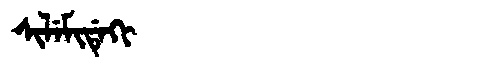
Manchu: ᠰᡳᠯᡝᠮᡳᡩᡝᡴᡳ
Romanization: SILEMIDEKI